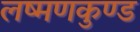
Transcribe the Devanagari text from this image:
लष्मणकुण्ड